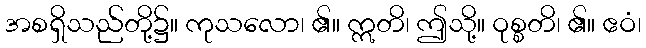
အစရှိသည်တို့၌။ ကုသလော၊ ၏။ ဣတိ၊ ဤသို့။ ဝုစ္စတိ၊ ၏။ ဧဝံ၊